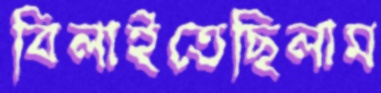
বিলাইতেছিলাম